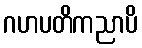
ဂဟပတိကညာပိ